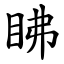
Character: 䀟